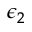
\epsilon _ { 2 }